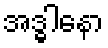
အဒ္ဓါနော